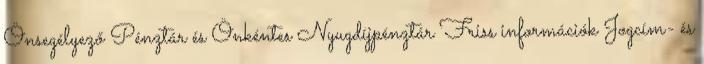
Önsegélyező Pénztár és Önkéntes Nyugdíjpénztár Friss információk Jogcím- és